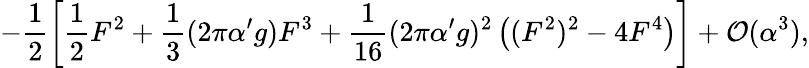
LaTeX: -\frac{1}{2}\left[\frac{1}{2}F^{2}+\frac{1}{3}(2\pi\alpha^{\prime}g)F^{3}+\frac{1}{16}(2\pi\alpha^{\prime}g)^{2}\left((F^{2})^{2}-4F^{4}\right)\right]+{\cal O}(\alpha^{3}),